Annual report of lunatic asylums [Bombay] - 1912-1922
Year: 1912
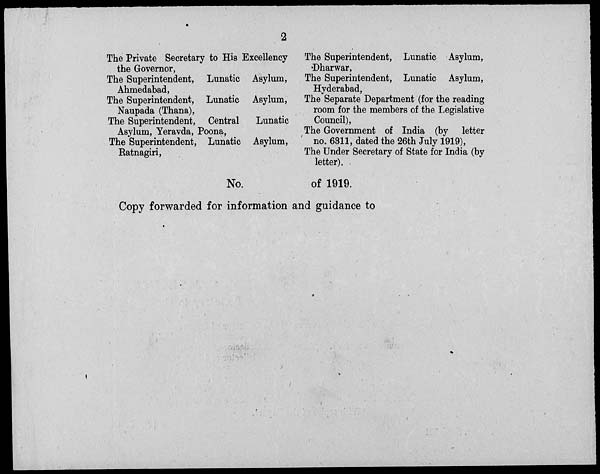
2
The Private Secretary to His Excellency
the Governor,
The Superintendent, Lunatic Asylum,
Ahmedabad,
The Superintendent, Lunatic Asylum,
Naupada (Thana),
The Superintendent, Central
Lunatic
Asylum, Yeravda, Poona,
The Superintendent, Lunatic Asylum,
Ratnagiri,
The Superintendent, Lunatic Asylum,
Dharwar,
The Superintendent, Lunatic Asylum,
Hyderabad,
The Separate Department (for the reading
room for the members of the Legislative
Council),
The Government of India (by letter
no. 6811, dated the 26th July 1919),
The Under Secretary of State for India (by
letter).
No.
of 1919.
Copy forwarded for information and guidance to